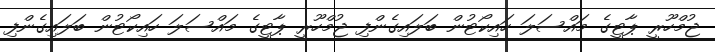
ޖުމްހޫރީ ޕާޓީގެ މައްސަލަ ހައިކޯޓުން ބަލައިގެންފި ޖުމްހޫރީ ޕާޓީގެ މައްސަލަ ހައިކޯޓުން ބަލައިގެންފި